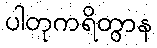
ပါတုကရိတွာန